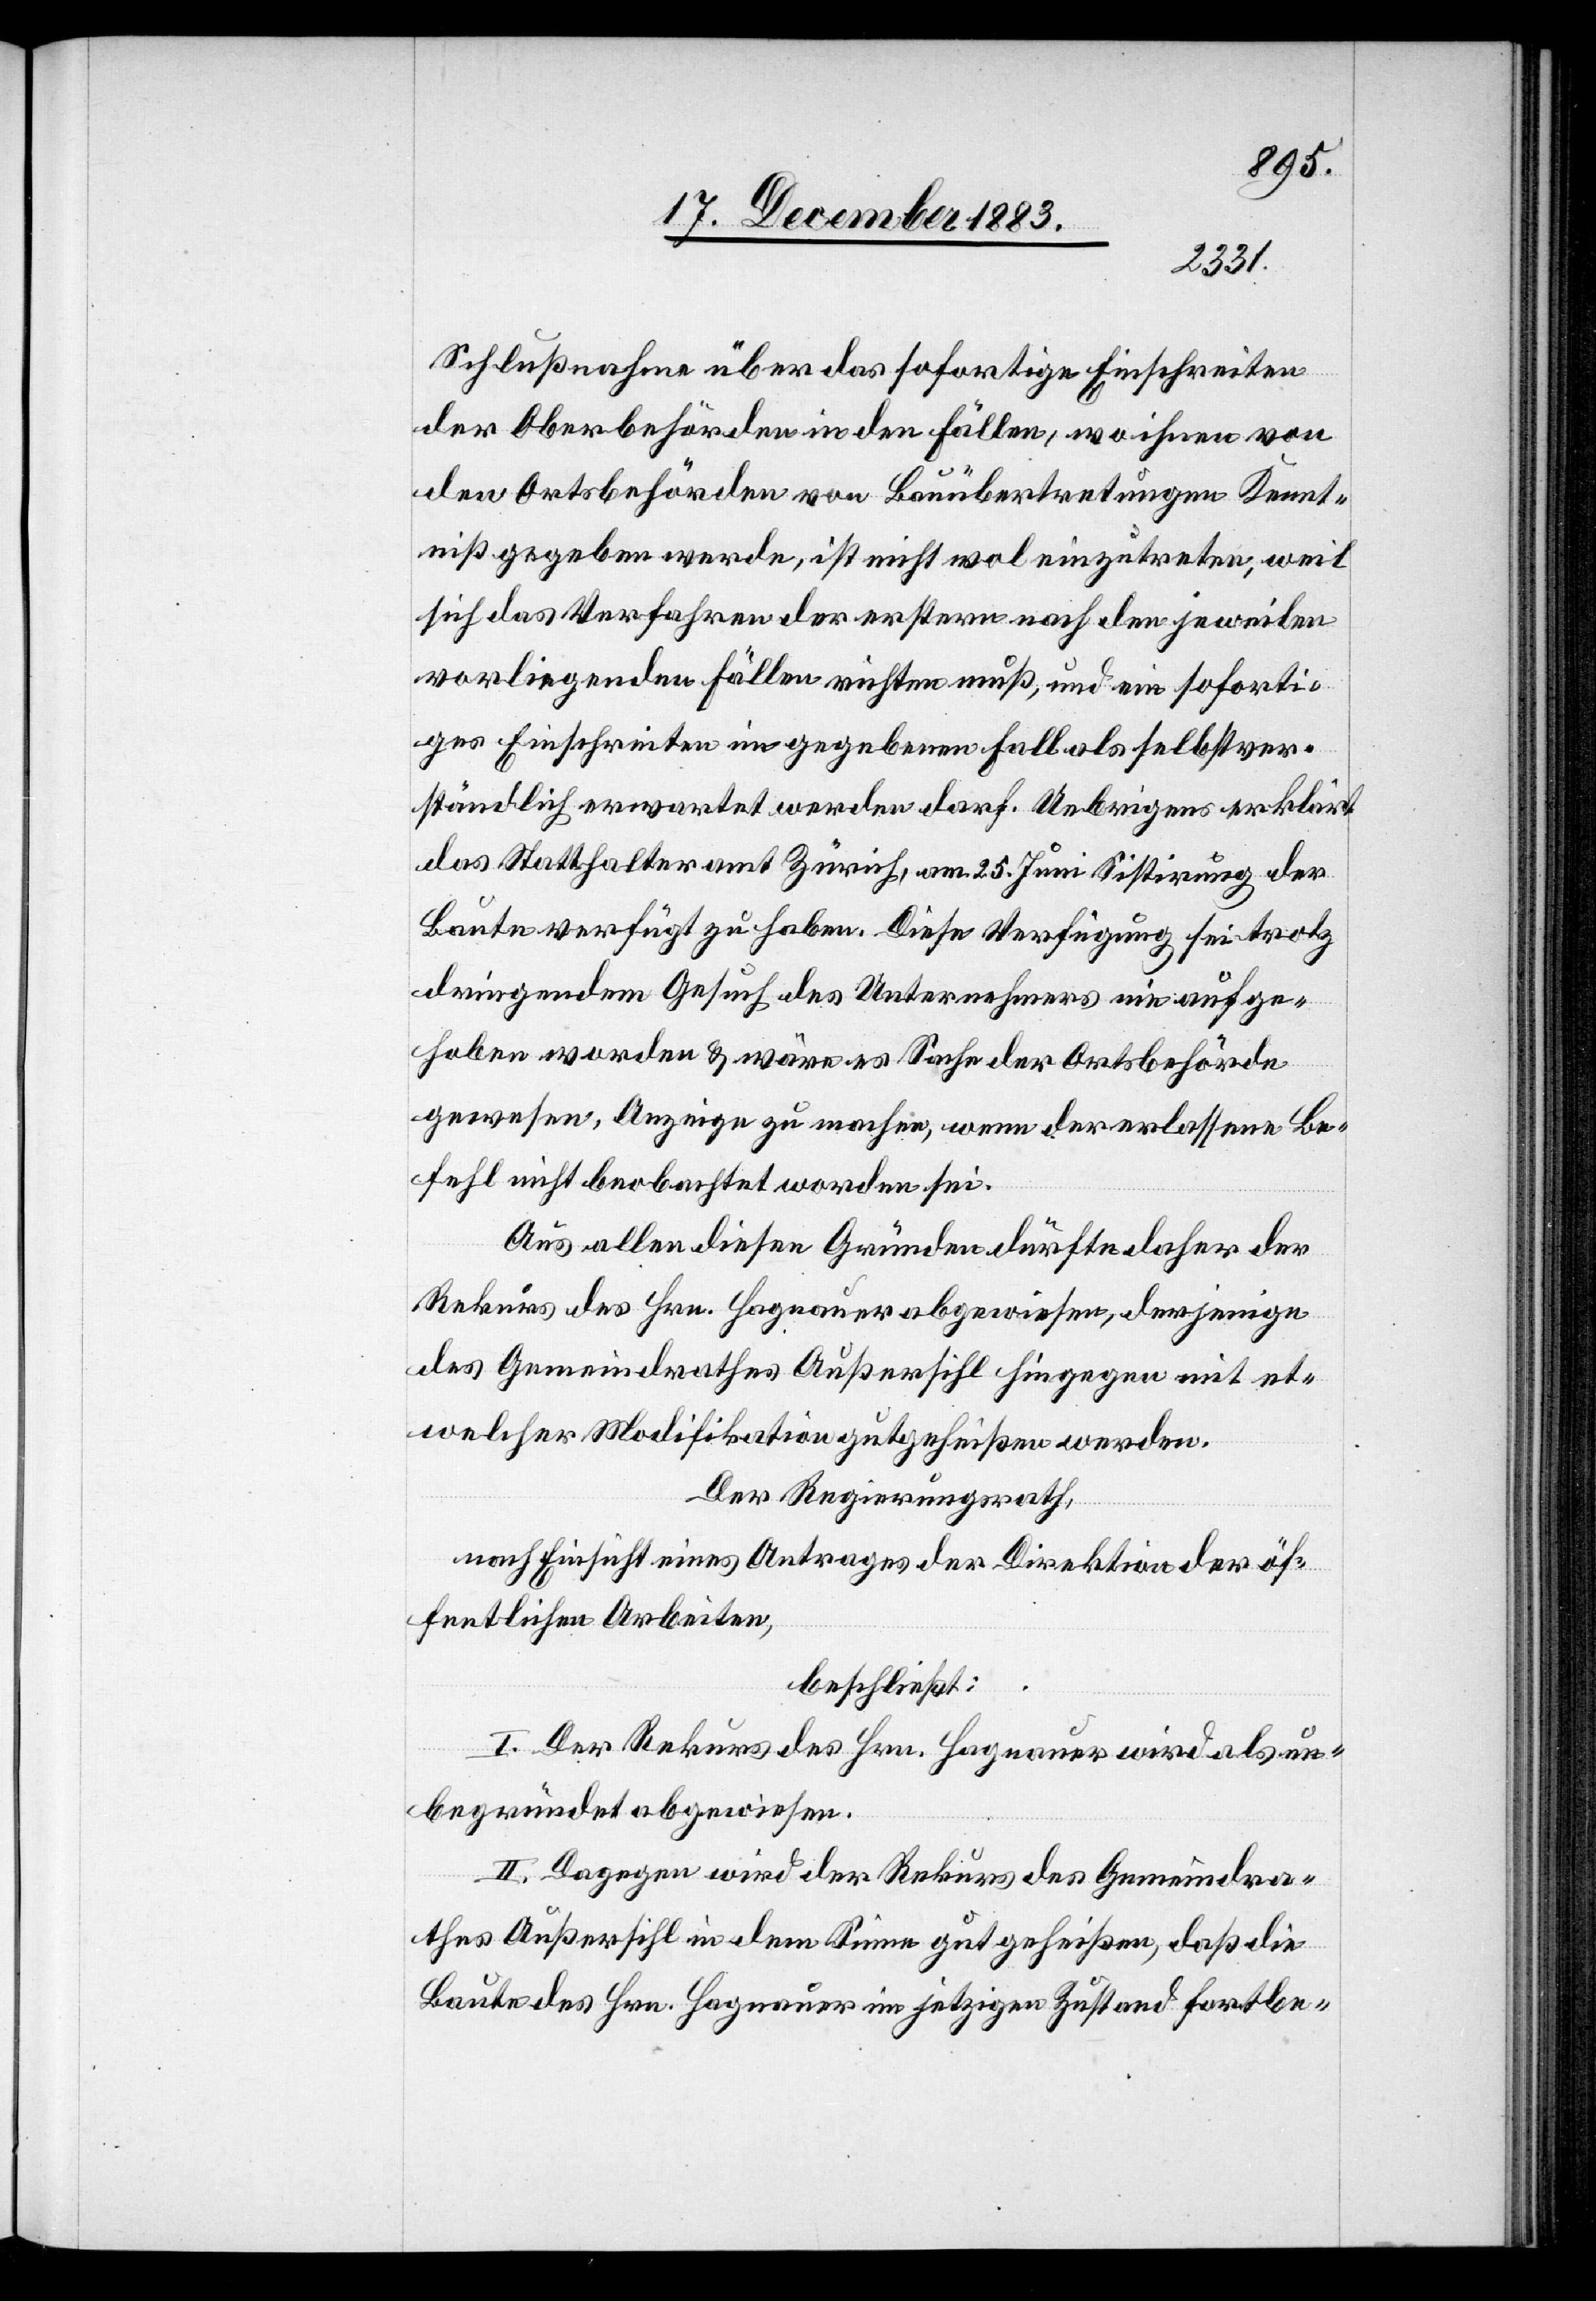
Schlußnahme über das sofortige Einschreiten
der Oberbehörden in den Fällen, wo ihnen von
den Ortsbehörden von Bauübertretungen Kennt¬
niß gegeben werde, ist nicht wol einzutreten, weil
sich das Verfahren der erstern nach den jeweilen
vorliegenden Fällen richten muß, und ein soforti¬
ges Einschreiten im gegebenen Fall als selbstver¬
ständlich erwartet werden darf. Uebrigens erklärt
das Statthalteramt Zürich, am 25. Juni Sistirung der
Baute verfügt zu haben. Diese Verfügung sei trotz
dringendem Gesuch des Unternehmers nie aufge¬
hoben worden & wäre es Sache der Ortsbehörde
gewesen, Anzeige zu machen, wenn der erlassene Be¬
fehl nicht beobachtet worden sei.
Aus allen diesen Gründen dürfte daher der
Rekurs des Hrn. Hagnauer abgewiesen, derjenige
des Gemeindrathes Außersihl hingegen mit et¬
welcher Modifikation gutgeheißen werden.
Der Regierungsrath,
nach Einsicht eines Antrages der Direktion der öf¬
fentlichen Arbeiten,
beschließt:
I. Der Rekurs des Hrn. Hagnauer wird als un¬
begründet abgewiesen.
II. Dagegen wird der Rekurs des Gemeindra¬
thes Außersihl in dem Sinne gutgeheißen, daß die
Baute des Hrn. Hagnauer im jetzigen Zustand fortbe-